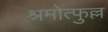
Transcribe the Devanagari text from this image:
श्रमोत्फुल्ल